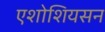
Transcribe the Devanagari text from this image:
एशोशियसन